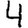
Digit: 4